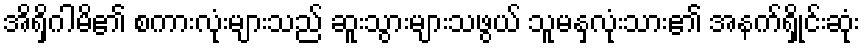
အိရှိဂါမိ၏ စကားလုံးများသည် ဆူးသွားများသဖွယ် သူမနှလုံးသား၏ အနက်ရှိုင်းဆုံး